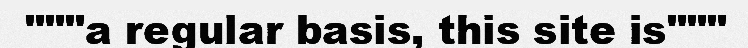
"""a regular basis, this site is"""